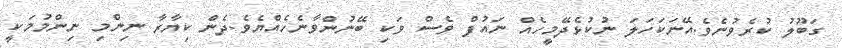
ގަބޫލު ކުރެވުނެވެ.އޭނަކަހަލަ ނުކުޅެދޭމީހެއް ނައުފް ވެސް ވަކި ބޭނުންވާނެހެއްޔެވެ.ދެން ކިޔާރާ ނިންމި ނިންމުމަކީ